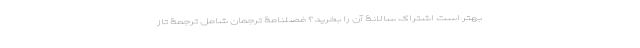
بهتر است اشتراک سالانۀ آن را بخرید؟ فصلنامۀ ترجمان شامل ترجمۀ تاز